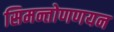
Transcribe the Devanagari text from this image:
सिमन्तोणणयन